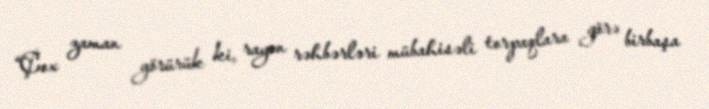
“Çox zaman görürük ki, rayon rəhbərləri mübahisəli torpaqlara görə birbaşa